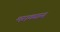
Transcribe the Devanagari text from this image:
मराठ्यास